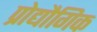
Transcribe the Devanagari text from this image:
प्रोद्यौगिक